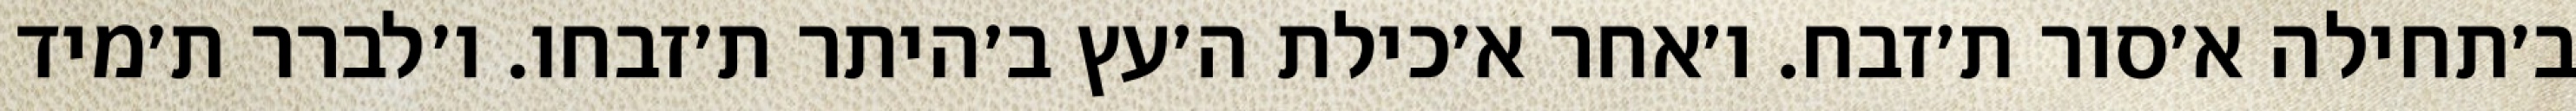
ב׳תחילה א׳סור ת׳זבח. ו׳אחר א׳כילת ה׳עץ ב׳היתר ת׳זבחו. ו׳לברר ת׳מיד